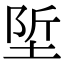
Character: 𡌌